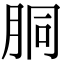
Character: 胴